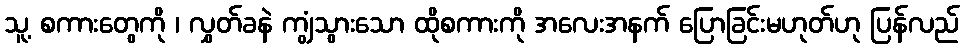
သူ့ စကားတွေကို ၊ လွှတ်ခနဲ ကျွံသွားသော ထိုစကားကို အလေးအနက် ပြောခြင်းမဟုတ်ဟု ပြန်လည်